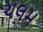
ચલમ